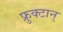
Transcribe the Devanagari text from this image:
फ्रुक्टान्